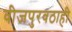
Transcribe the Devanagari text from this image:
वीजपुरवठाही